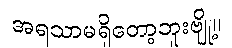
အရသာမရှိတော့ဘူးဗျို့။